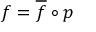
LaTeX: f = { \overline { { f } } } \circ p